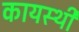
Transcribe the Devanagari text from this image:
कायस्थी